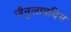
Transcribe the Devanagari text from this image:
जैनुलाबदिन